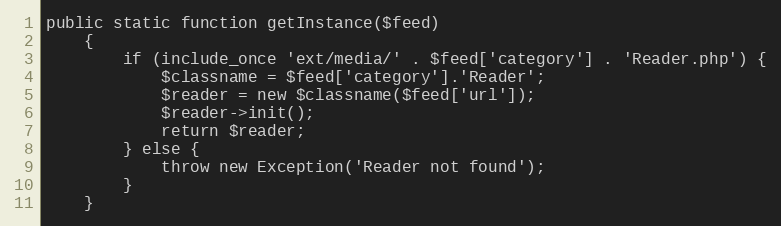
Language: PHP
public static function getInstance($feed)
    {
        if (include_once 'ext/media/' . $feed['category'] . 'Reader.php') {
            $classname = $feed['category'].'Reader';
            $reader = new $classname($feed['url']);
            $reader->init();
            return $reader;
        } else {
            throw new Exception('Reader not found');
        }
    }